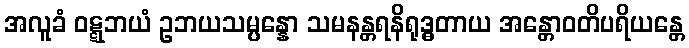
အလူခံ ဝဋ္ဋဘယံ ဥဘယသမ္ပန္နော သမနန္တရနိရုဒ္ဓတာယ အန္တောဝတိပရိယန္တေ